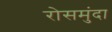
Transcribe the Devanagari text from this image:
रोसमुंदा